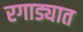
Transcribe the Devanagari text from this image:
रगाड्यात